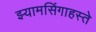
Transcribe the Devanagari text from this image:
झ्यामसिंगाहस्ते